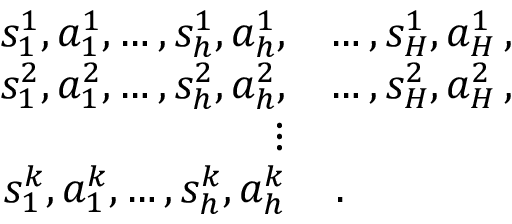
\begin{array} { r l } { s _ { 1 } ^ { 1 } , a _ { 1 } ^ { 1 } , \dots , s _ { h } ^ { 1 } , a _ { h } ^ { 1 } , } & { \dots , s _ { H } ^ { 1 } , a _ { H } ^ { 1 } \, , } \\ { s _ { 1 } ^ { 2 } , a _ { 1 } ^ { 2 } , \dots , s _ { h } ^ { 2 } , a _ { h } ^ { 2 } , } & { \dots , s _ { H } ^ { 2 } , a _ { H } ^ { 2 } \, , } \\ { \vdots } \\ { s _ { 1 } ^ { k } , a _ { 1 } ^ { k } , \dots , s _ { h } ^ { k } , a _ { h } ^ { k } } & { \, . } \end{array}